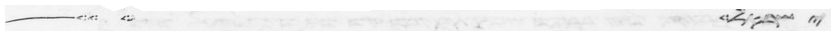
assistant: ישראל ויט